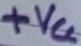
Text: +VCC